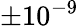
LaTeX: \pm 10^{-9}